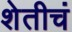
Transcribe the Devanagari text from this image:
शेतीचं